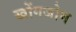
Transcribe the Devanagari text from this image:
खोंगजोम